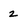
Character: 2